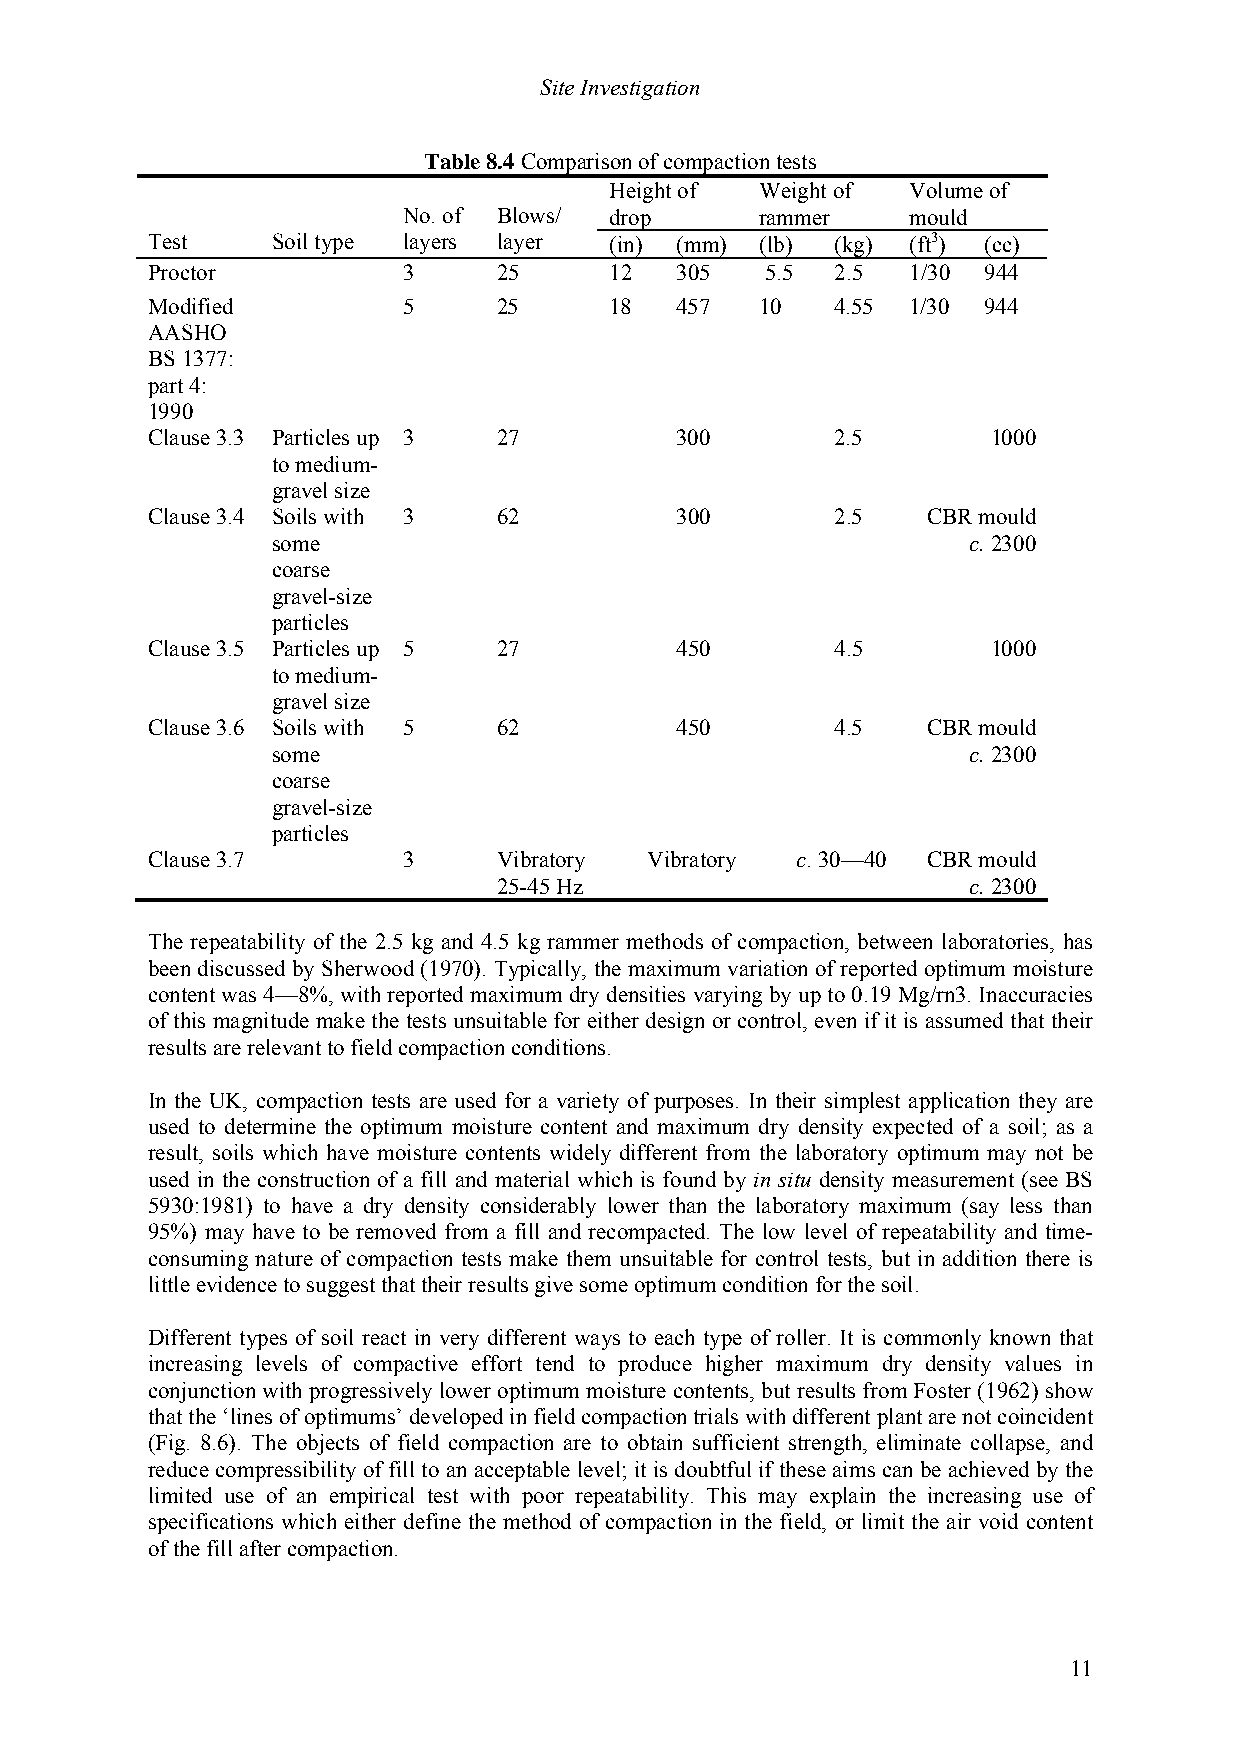
Site Investigation
 Table 8.4 Comparison of compaction tests
 Height of Weight of Volume of
 No. of Blows/ drop     rammer    mould
 Test    Soil type layers layer (in) (mm) (lb) (kg) (ft3) (cc)
 Proctor          3     25     12   305   5.5 2.5  1/30 944
 Modified         5     25     18   457  10   4.55 1/30 944
 AASHO
 BS 1377:
 part 4:
 1990
 Clause 3.3 Particles up 3 27       300       2.5        1000
 to medium-
 gravel size
 Clause 3.4 Soils with 3 62         300       2.5   CBR mould
 some                                          c. 2300
 coarse
 gravel-size
 particles
 Clause 3.5 Particles up 5 27       450       4.5        1000
 to medium-
 gravel size
 Clause 3.6 Soils with 5 62         450       4.5   CBR mould
 some                                          c. 2300
 coarse
 gravel-size
 particles
 Clause 3.7       3     Vibratory Vibratory c. 30—40 CBR mould
 25-45 Hz                       c. 2300
 The repeatability of the 2.5 kg and 4.5 kg rammer methods of compaction, between laboratories, has
 been discussed by Sherwood (1970). Typically, the maximum variation of reported optimum moisture
 content was 4—8%, with reported maximum dry densities varying by up to 0.19 Mg/rn3. Inaccuracies
 of this magnitude make the tests unsuitable for either design or control, even if it is assumed that their
 results are relevant to field compaction conditions.
 In the UK, compaction tests are used for a variety of purposes. In their simplest application they are
 used to determine the optimum moisture content and maximum dry density expected of a soil; as a
 result, soils which have moisture contents widely different from the laboratory optimum may not be
 used in the construction of a fill and material which is found by in situ density measurement (see BS
 5930:1981) to have a dry density considerably lower than the laboratory maximum (say less than
 95%) may have to be removed from a fill and recompacted. The low level of repeatability and time-
 consuming nature of compaction tests make them unsuitable for control tests, but in addition there is
 little evidence to suggest that their results give some optimum condition for the soil.
 Different types of soil react in very different ways to each type of roller. It is commonly known that
 increasing levels of compactive effort tend to produce higher maximum dry density values in
 conjunction with progressively lower optimum moisture contents, but results from Foster (1962) show
 that the ‘lines of optimums’ developed in field compaction trials with different plant are not coincident
 (Fig. 8.6). The objects of field compaction are to obtain sufficient strength, eliminate collapse, and
 reduce compressibility of fill to an acceptable level; it is doubtful if these aims can be achieved by the
 limited use of an empirical test with poor repeatability. This may explain the increasing use of
 specifications which either define the method of compaction in the field, or limit the air void content
 of the fill after compaction.
 11